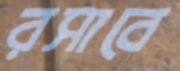
রসাবে